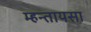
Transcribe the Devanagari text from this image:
म्हन्तायसा